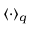
\langle \cdot \rangle _ { q }